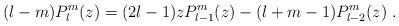
LaTeX: \begin{align*}(l-m)P_{l}^{m}(z)=(2l-1)zP_{l-1}^{m}(z)-(l+m-1)P_{l-2}^{m}(z) \ . \end{align*}